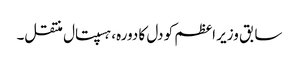
سابق وزیر اعظم کو دل کا دورہ، ہسپتال منتقل۔